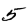
Digit: 5